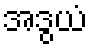
အဒွယံ